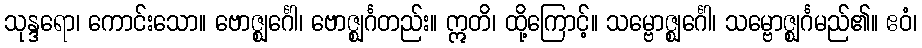
သုန္ဒရော၊ ကောင်းသော။ ဗောဇ္ဈင်္ဂေါ၊ ဗောဇ္ဈင်္ဂတည်း။ ဣတိ၊ ထို့ကြောင့်။ သမ္ဗောဇ္ဈင်္ဂေါ၊ သမ္ဗောဇ္ဈင်္ဂမည်၏။ ဧဝံ၊